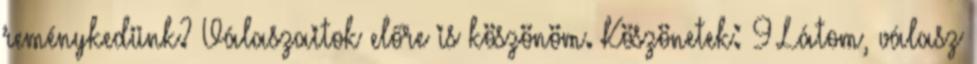
reménykedünk? Válaszaitok előre is köszönöm. Köszönetek: 9 Látom, válasz